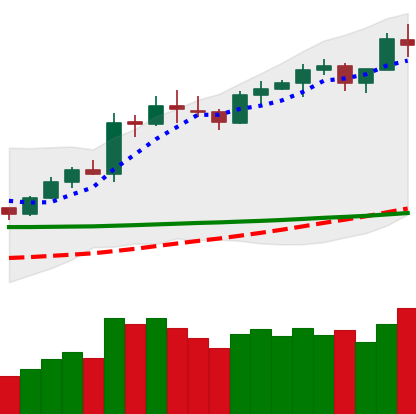
Ticker: LTC-USD
Chart end date: 2020-02-13
Forward return: -4.189%
Label: down_3_5